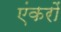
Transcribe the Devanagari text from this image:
एंकरों